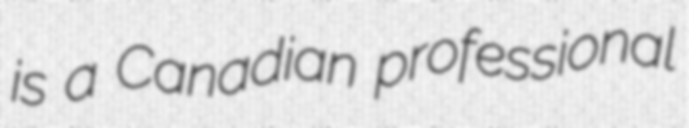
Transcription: is a Canadian professional